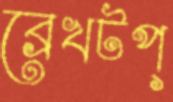
ব্রেখটপ্